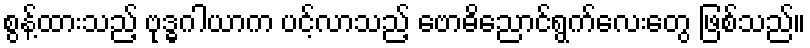
စွန့်ထားသည့် ဗုဒ္ဓဂါယာက ပင့်လာသည့် ဗောဓိညောင်ရွက်လေးတွေ ဖြစ်သည်။